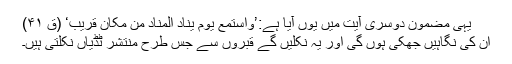
یہی مضمون دوسری آیت میں یوں آیا ہے:’وَاسْتَمِعْ یَوْمَ یُنَادِ الْمُنَادِ مِن مَّکَانٍ قَرِیْبٍ‘ (قٓ ۴۱)
ان کی نگاہیں جھکی ہوں گی اور یہ نکلیں گے قبروں سے جس طرح منتشر ٹڈیاں نکلتی ہیں۔